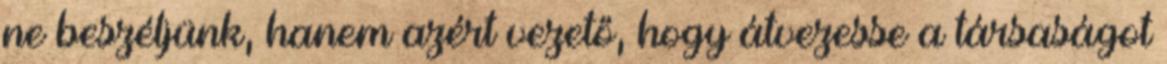
ne beszéljünk, hanem azért vezető, hogy átvezesse a társaságot